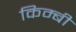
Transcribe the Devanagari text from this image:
किम्बी